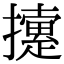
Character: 𢷐